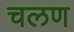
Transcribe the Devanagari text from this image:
चलण